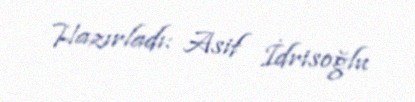
Hazırladı: Asif İdrisoğlu